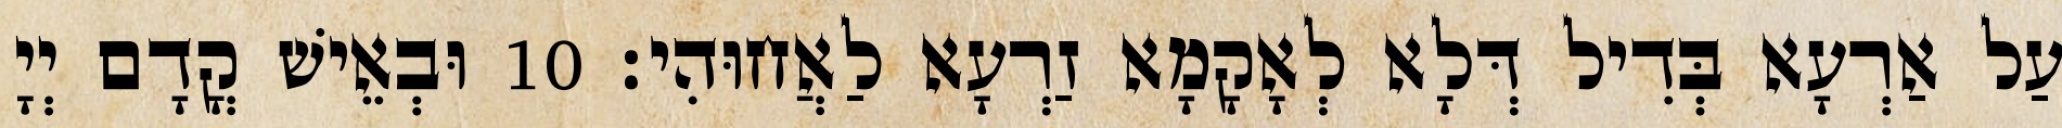
עַל אַרְעָא בְּדִיל דְּלָא לְאָקָמָא זַרְעָא לַאֲחוּהִי׃ 10 וּבְאֵישׁ קֳדָם יְיָ